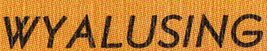
WYALUSING